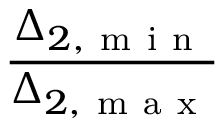
\frac { \Delta _ { 2 , \mathrm { ~ m ~ i ~ n ~ } } } { \Delta _ { 2 , \mathrm { ~ m ~ a ~ x ~ } } }